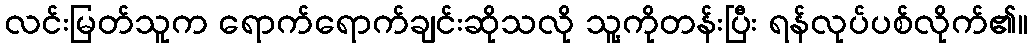
လင်းမြတ်သူက ရောက်ရောက်ချင်းဆိုသလို သူ့ကိုတန်းပြီး ရန်လုပ်ပစ်လိုက်၏။